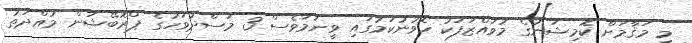
މި މަޤާމަށް ކޮމިޝަނުގެ މުވައްޒަފަކު ހޮވުނުކަމުގައި ވީނަމަވެސް 3 މަސްދުވަހުގެ ޕްރޮބޭޝަން މުއްދަތު